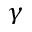
\gamma